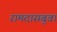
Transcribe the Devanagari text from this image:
रामदासबुवा